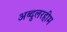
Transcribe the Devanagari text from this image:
अब्दुलरहीम